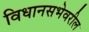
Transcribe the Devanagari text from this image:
विधानसभेवरील